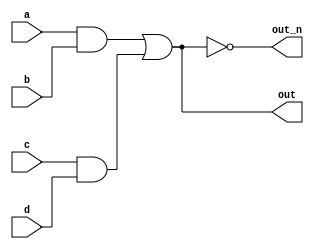

module top_module(
    input a,
    input b,
    input c,
    input d,
    output out,
    output out_n   ); 
	
    wire x,y;
    
    assign x = a&b;
    assign y = c&d;
    assign out = x|y;
    assign out_n = ~out;
    
endmodule